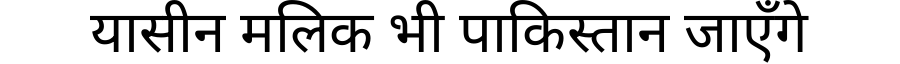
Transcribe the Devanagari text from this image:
यासीन मलिक भी पाकिस्तान जाएँगे